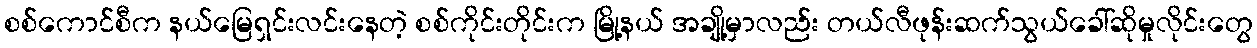
စစ်ကောင်စီက နယ်မြေရှင်းလင်းနေတဲ့ စစ်ကိုင်းတိုင်းက မြို့နယ် အချို့မှာလည်း တယ်လီဖုန်းဆက်သွယ်ခေါ်ဆိုမှုလိုင်းတွေ